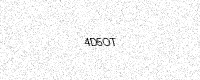
Text: 4D5OT